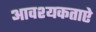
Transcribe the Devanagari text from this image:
आवश्यकताऐ